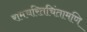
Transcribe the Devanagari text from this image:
रामचरितचिंतामणि